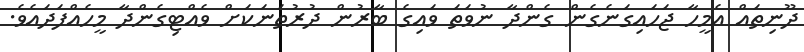
ދޫނިތައް އެމީހާ ޖަހައިގަނެގެން ގެންދާ ނުވަތަ ވައިގެ ބާރުން ދުރުތަނަކަށް ވެއްޓިގެންދާ މީހެއްފަދައެވެ.